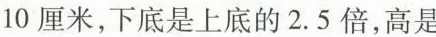
10厘米，下底是上底的2.5倍，高是